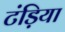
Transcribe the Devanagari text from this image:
टंड़िया